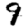
Digit: 9